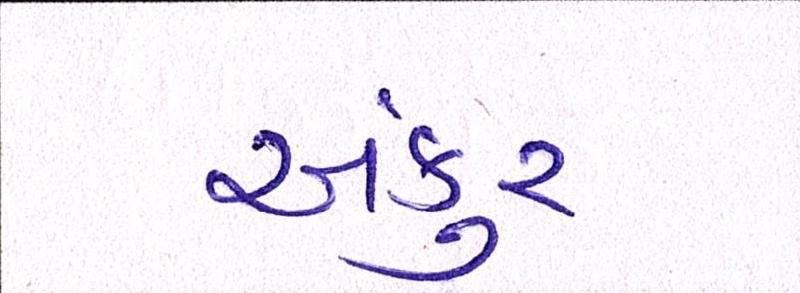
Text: અંકુર